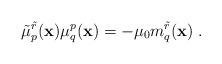
LaTeX: \begin{align*}\tilde{\mu}^{\tilde r}_p ({\bf x}) \mu_q^p ({\bf x}) = - \mu_0 m_q^{\tilde{r}} ({\bf x})\;.\end{align*}